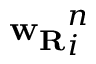
\mathbf { w _ { R } } _ { i } ^ { n }